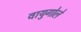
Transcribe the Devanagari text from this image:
वायुगोले